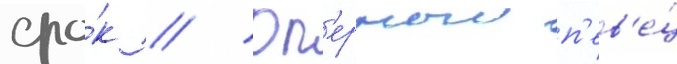
сро́к // Оп'ерныи п'ев'е́ц